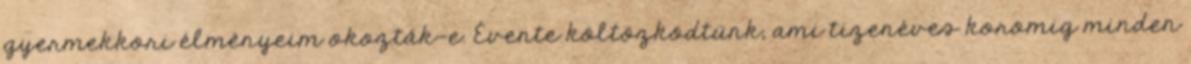
gyermekkori élményeim okozták-e. Évente költözködtünk, ami tizenéves koromig minden